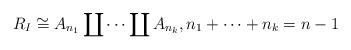
LaTeX: \begin{gather*}R_I \cong A_{n_{1}} \coprod \cdots \coprod A_{n_{k}},n_1+\cdots+n_{k}=n-1\end{gather*}